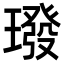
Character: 𪼠